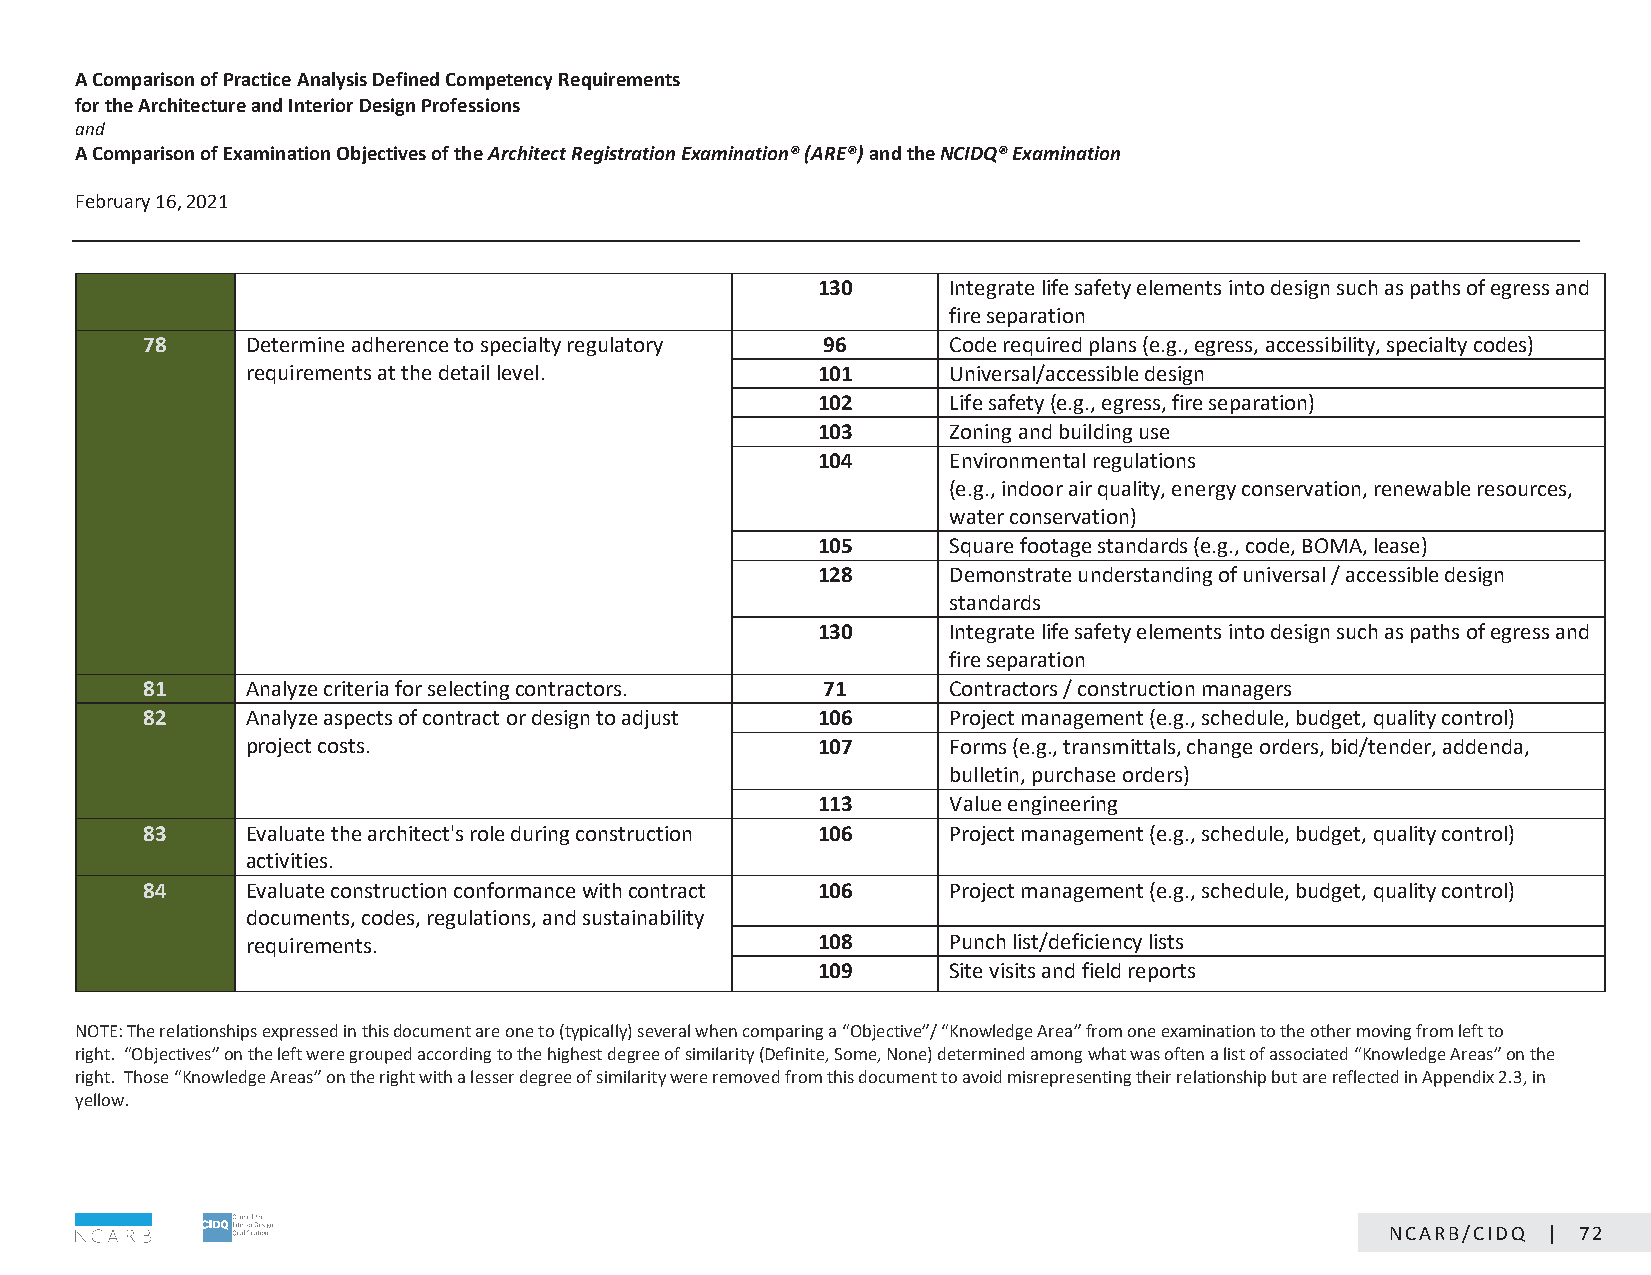
A Comparison of Practice Analysis Defined Competency Requirements
 for the Architecture and Interior Design Professions
 and
 A Comparison of Examination Objectives of the Architect Registration Examination® (ARE®) and the NCIDQ® Examination
 February 16, 2021                                CONFIDENTIAL: NOT FOR DISTRIBUTION
 130      Integrate life safety elements into design such as paths of egress and
 fire separation
 78     Determine adherence to specialty regulatory 96 Code required plans (e.g., egress, accessibility, specialty codes)
 requirements at the detail level.     101      Universal/accessible design
 102      Life safety (e.g., egress, fire separation)
 103      Zoning and building use
 104      Environmental regulations
 (e.g., indoor air quality, energy conservation, renewable resources,
 water conservation)
 105      Square footage standards (e.g., code, BOMA, lease)
 128      Demonstrate understanding of universal / accessible design
 standards
 130      Integrate life safety elements into design such as paths of egress and
 fire separation
 81     Analyze criteria for selecting contractors. 71 Contractors / construction managers
 82     Analyze aspects of contract or design to adjust 106 Project management (e.g., schedule, budget, quality control)
 project costs.                        107      Forms (e.g., transmittals, change orders, bid/tender, addenda,
 bulletin, purchase orders)
 113      Value engineering
 83     Evaluate the architect's role during construction 106 Project management (e.g., schedule, budget, quality control)
 activities.
 84     Evaluate construction conformance with contract 106 Project management (e.g., schedule, budget, quality control)
 documents, codes, regulations, and sustainability
 requirements.                         108      Punch list/deficiency lists
 109      Site visits and field reports
 NOTE: The relationships expressed in this document are one to (typically) several when comparing a “Objective”/ “Knowledge Area” from one examination to the other moving from left to
 right. “Objectives” on the left were grouped according to the highest degree of similarity (Definite, Some, None) determined among what was often a list of associated “Knowledge Areas” on the
 right. Those “Knowledge Areas” on the right with a lesser degree of similarity were removed from this document to avoid misrepresenting their relationship but are reflected in Appendix 2.3, in
 yellow.
 Page 12 of 19
 NCARB/CIDQ | 72